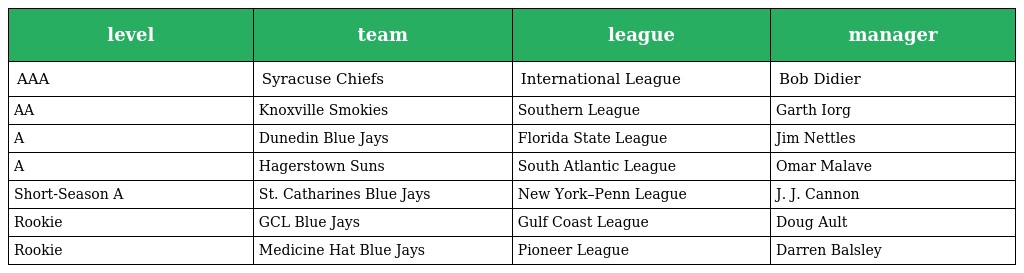
| level | team | league | manager |
 | --- | --- | --- | --- |
 | AAA | Syracuse Chiefs | International League | Bob Didier |
 | AA | Knoxville Smokies | Southern League | Garth Iorg |
 | A | Dunedin Blue Jays | Florida State League | Jim Nettles |
 | A | Hagerstown Suns | South Atlantic League | Omar Malave |
 | Short-Season A | St. Catharines Blue Jays | New York–Penn League | J. J. Cannon |
 | Rookie | GCL Blue Jays | Gulf Coast League | Doug Ault |
 | Rookie | Medicine Hat Blue Jays | Pioneer League | Darren Balsley |